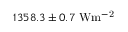
1 3 5 8 . 3 \pm 0 . 7 \ \mathrm { W m ^ { - 2 } }